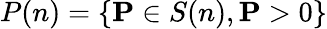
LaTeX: P(n)=\{ \mathbf{P}\in S(n),\mathbf{P}>0\}